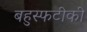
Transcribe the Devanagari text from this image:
बहुस्फटीकी